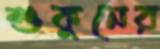
শুকুনের